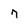
Character: 7